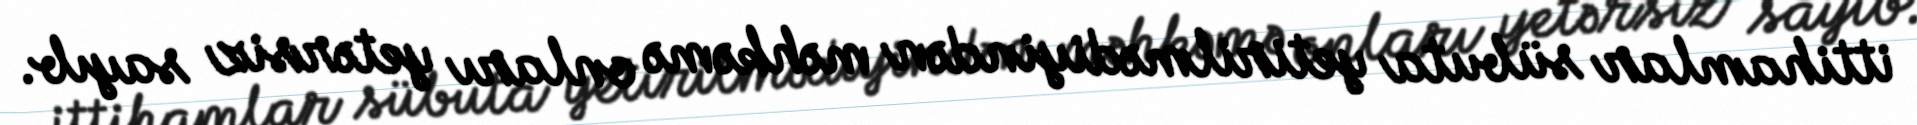
ittihamlar sübuta yetirilmədiyindən məhkəmə onları yetərsiz sayıb.